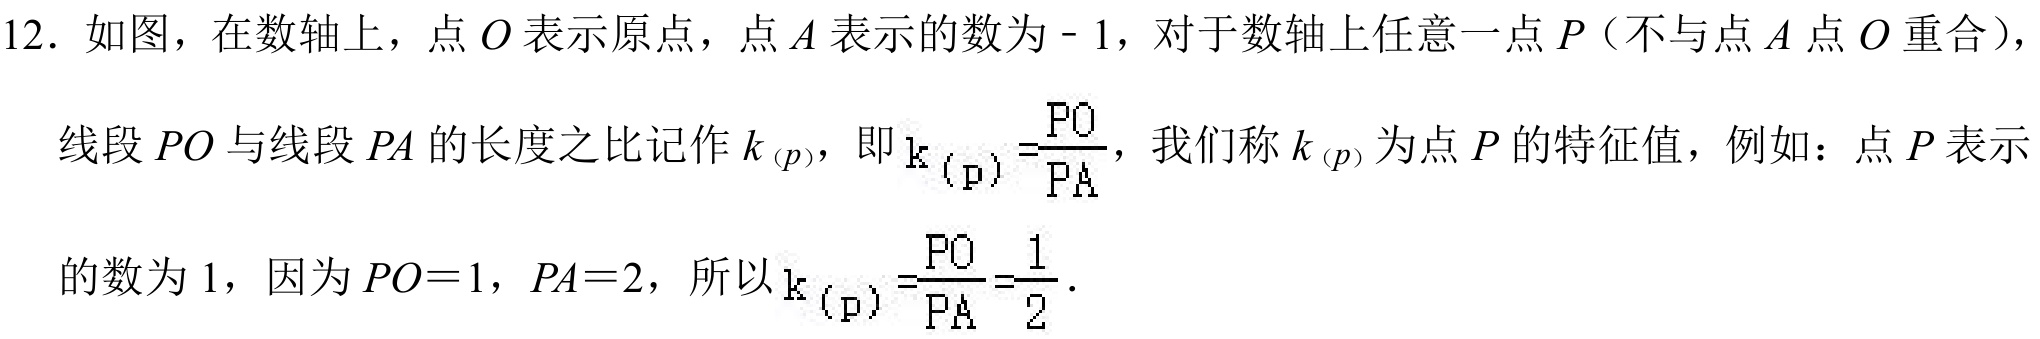
12. 如图，在数轴上，点\(O\)表示原点，点\(A\)表示的数为\(-1\)，对于数轴上任意一点\(P\)（不与点\(A\)点\(O\)重合），
线段\(PO\)与线段\(PA\)的长度之比记作\(k_{(p)}\)，即\(k_{(p)}=\frac{PO}{PA}\)，我们称\(k_{(p)}\)为点\(P\)的特征值，例如：点\(P\)表示
的数为\(1\)，因为\(PO = 1\)，\(PA = 2\)，所以\(k_{(p)}=\frac{PO}{PA}=\frac{1}{2}\).